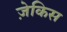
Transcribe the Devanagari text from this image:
ज़ेकिस